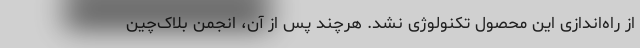
از راه‌اندازی این محصول تکنولوژی نشد. هرچند پس از آن،‌ انجمن بلاک‌چین